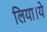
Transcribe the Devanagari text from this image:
लिया।ये